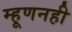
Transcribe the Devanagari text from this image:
म्हूणनही